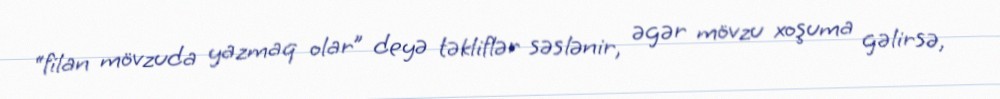
“filan mövzuda yazmaq olar” deyə təkliflər səslənir, əgər mövzu xoşuma gəlirsə,